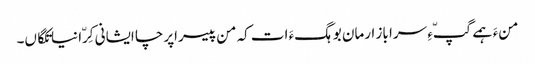
منءَ ہمے گپّءِ سرا باز ارمان بوہگءَ ات کہ من پیسراپرچا ایشانی کِرّا نیاتکگاں۔